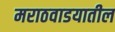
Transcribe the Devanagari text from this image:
मराठवाडयातील